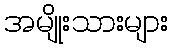
အမျိုးသားများ